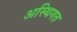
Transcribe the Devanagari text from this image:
अस्थिगत